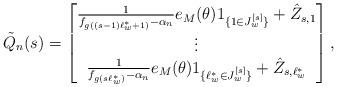
LaTeX: \begin{align*} \tilde{Q}_n(s)=\begin{bmatrix} \frac{1}{f_{g((s-1)\ell_w^*+1)}-\alpha_n}e_M(\theta)1_{\{1\in J_w^{[s]}\}}+\hat{Z}_{s,1}\\ \vdots\\ \frac{1}{f_{g(s\ell_w^*)}-\alpha_n}e_M(\theta)1_{\{\ell_w^*\in J_w^{[s]}\}}+\hat{Z}_{s,\ell_w^*} \end{bmatrix}, \end{align*}